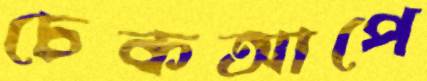
চেকআপে